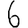
Digit: 6